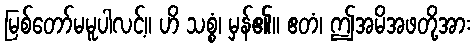
မြစ်တော်မမူပါလင့်။ ဟိ သစ္စံ၊ မှန်၏။ ဧတံ၊ ဤအမိအဖတို့အား